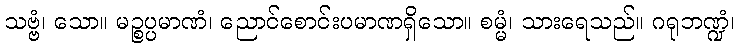
သဗ္ဗံ၊ သော။ မဉ္စပ္ပမာဏံ၊ ညောင်စောင်းပမာဏရှိသော။ စမ္မံ၊ သားရေသည်။ ဂရုဘဏ္ဍံ၊